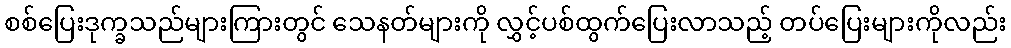
စစ်ပြေးဒုက္ခသည်များကြားတွင် သေနတ်များကို လွှင့်ပစ်ထွက်ပြေးလာသည့် တပ်ပြေးများကိုလည်း